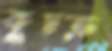
কুচক্র